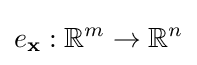
e_{\mathbf {x} }:\mathbb {R} ^{m}\to \mathbb {R} ^{n}